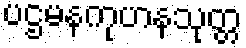
ပဌမနကုဟနသုတ္တ